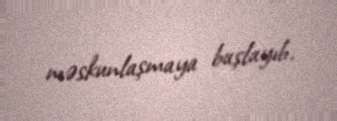
məskunlaşmaya başlayıb.